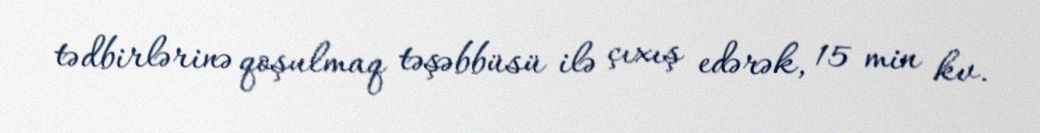
tədbirlərinə qoşulmaq təşəbbüsü ilə çıxış edərək, 15 min kv.